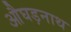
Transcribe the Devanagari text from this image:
औघड़नाथ